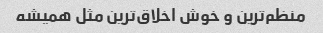
منظم‌ترین و خوش اخلاق‌ترین مثل همیشه